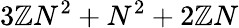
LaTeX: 3\mathbb{Z}N^{2}+N^{2}+2\mathbb{Z}N